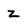
Character: z